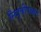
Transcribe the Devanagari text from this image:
निवृत्तीपश्चात